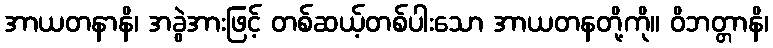
အာယတနာနိ၊ အခွဲအားဖြင့် တစ်ဆယ့်တစ်ပါးသော အာယတနတို့ကို။ ဝိဘတ္တာနိ၊